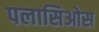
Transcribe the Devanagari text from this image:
पलासिओस